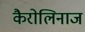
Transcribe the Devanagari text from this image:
कैरोलिनाज